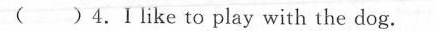
( )4.1 like to play with the dog.